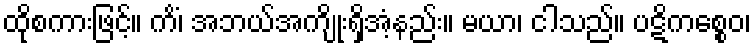
ထိုစကားဖြင့်။ ကိံ၊ အဘယ်အကျိုးရှိအံ့နည်း။ မယာ၊ ငါသည်။ ပဋိကစ္စေဝ၊